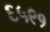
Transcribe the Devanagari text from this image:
६५९१